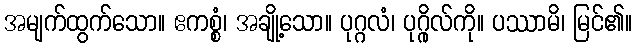
အမျက်ထွက်သော။ ဧကစ္စံ၊ အချို့သော။ ပုဂ္ဂလံ၊ ပုဂ္ဂိုလ်ကို။ ပဿာမိ၊ မြင်၏။